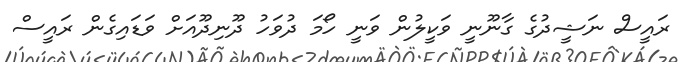
ރައީސް ނަޝީދުގެ ގާނޫނީ ވަކީލުން ވަނީ ހޯމަ ދުވަހު ދޫނިދޫއަށް ވަޑައިގެން ރައީސް